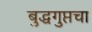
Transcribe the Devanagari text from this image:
बुद्धगुप्तचा